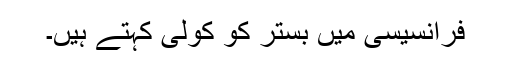
فرانسیسی میں بستر کو کولی کہتے ہیں۔